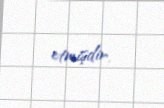
etmişdir.